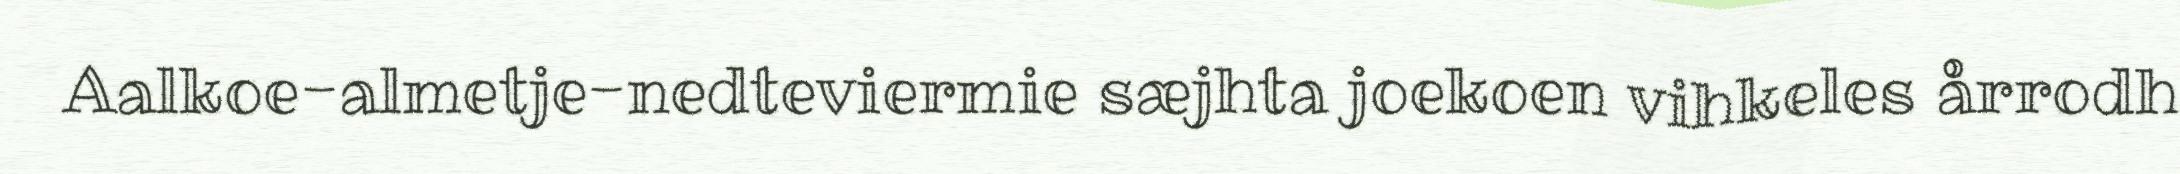
Aalkoe-almetje-nedteviermie sæjhta joekoen vihkeles årrodh